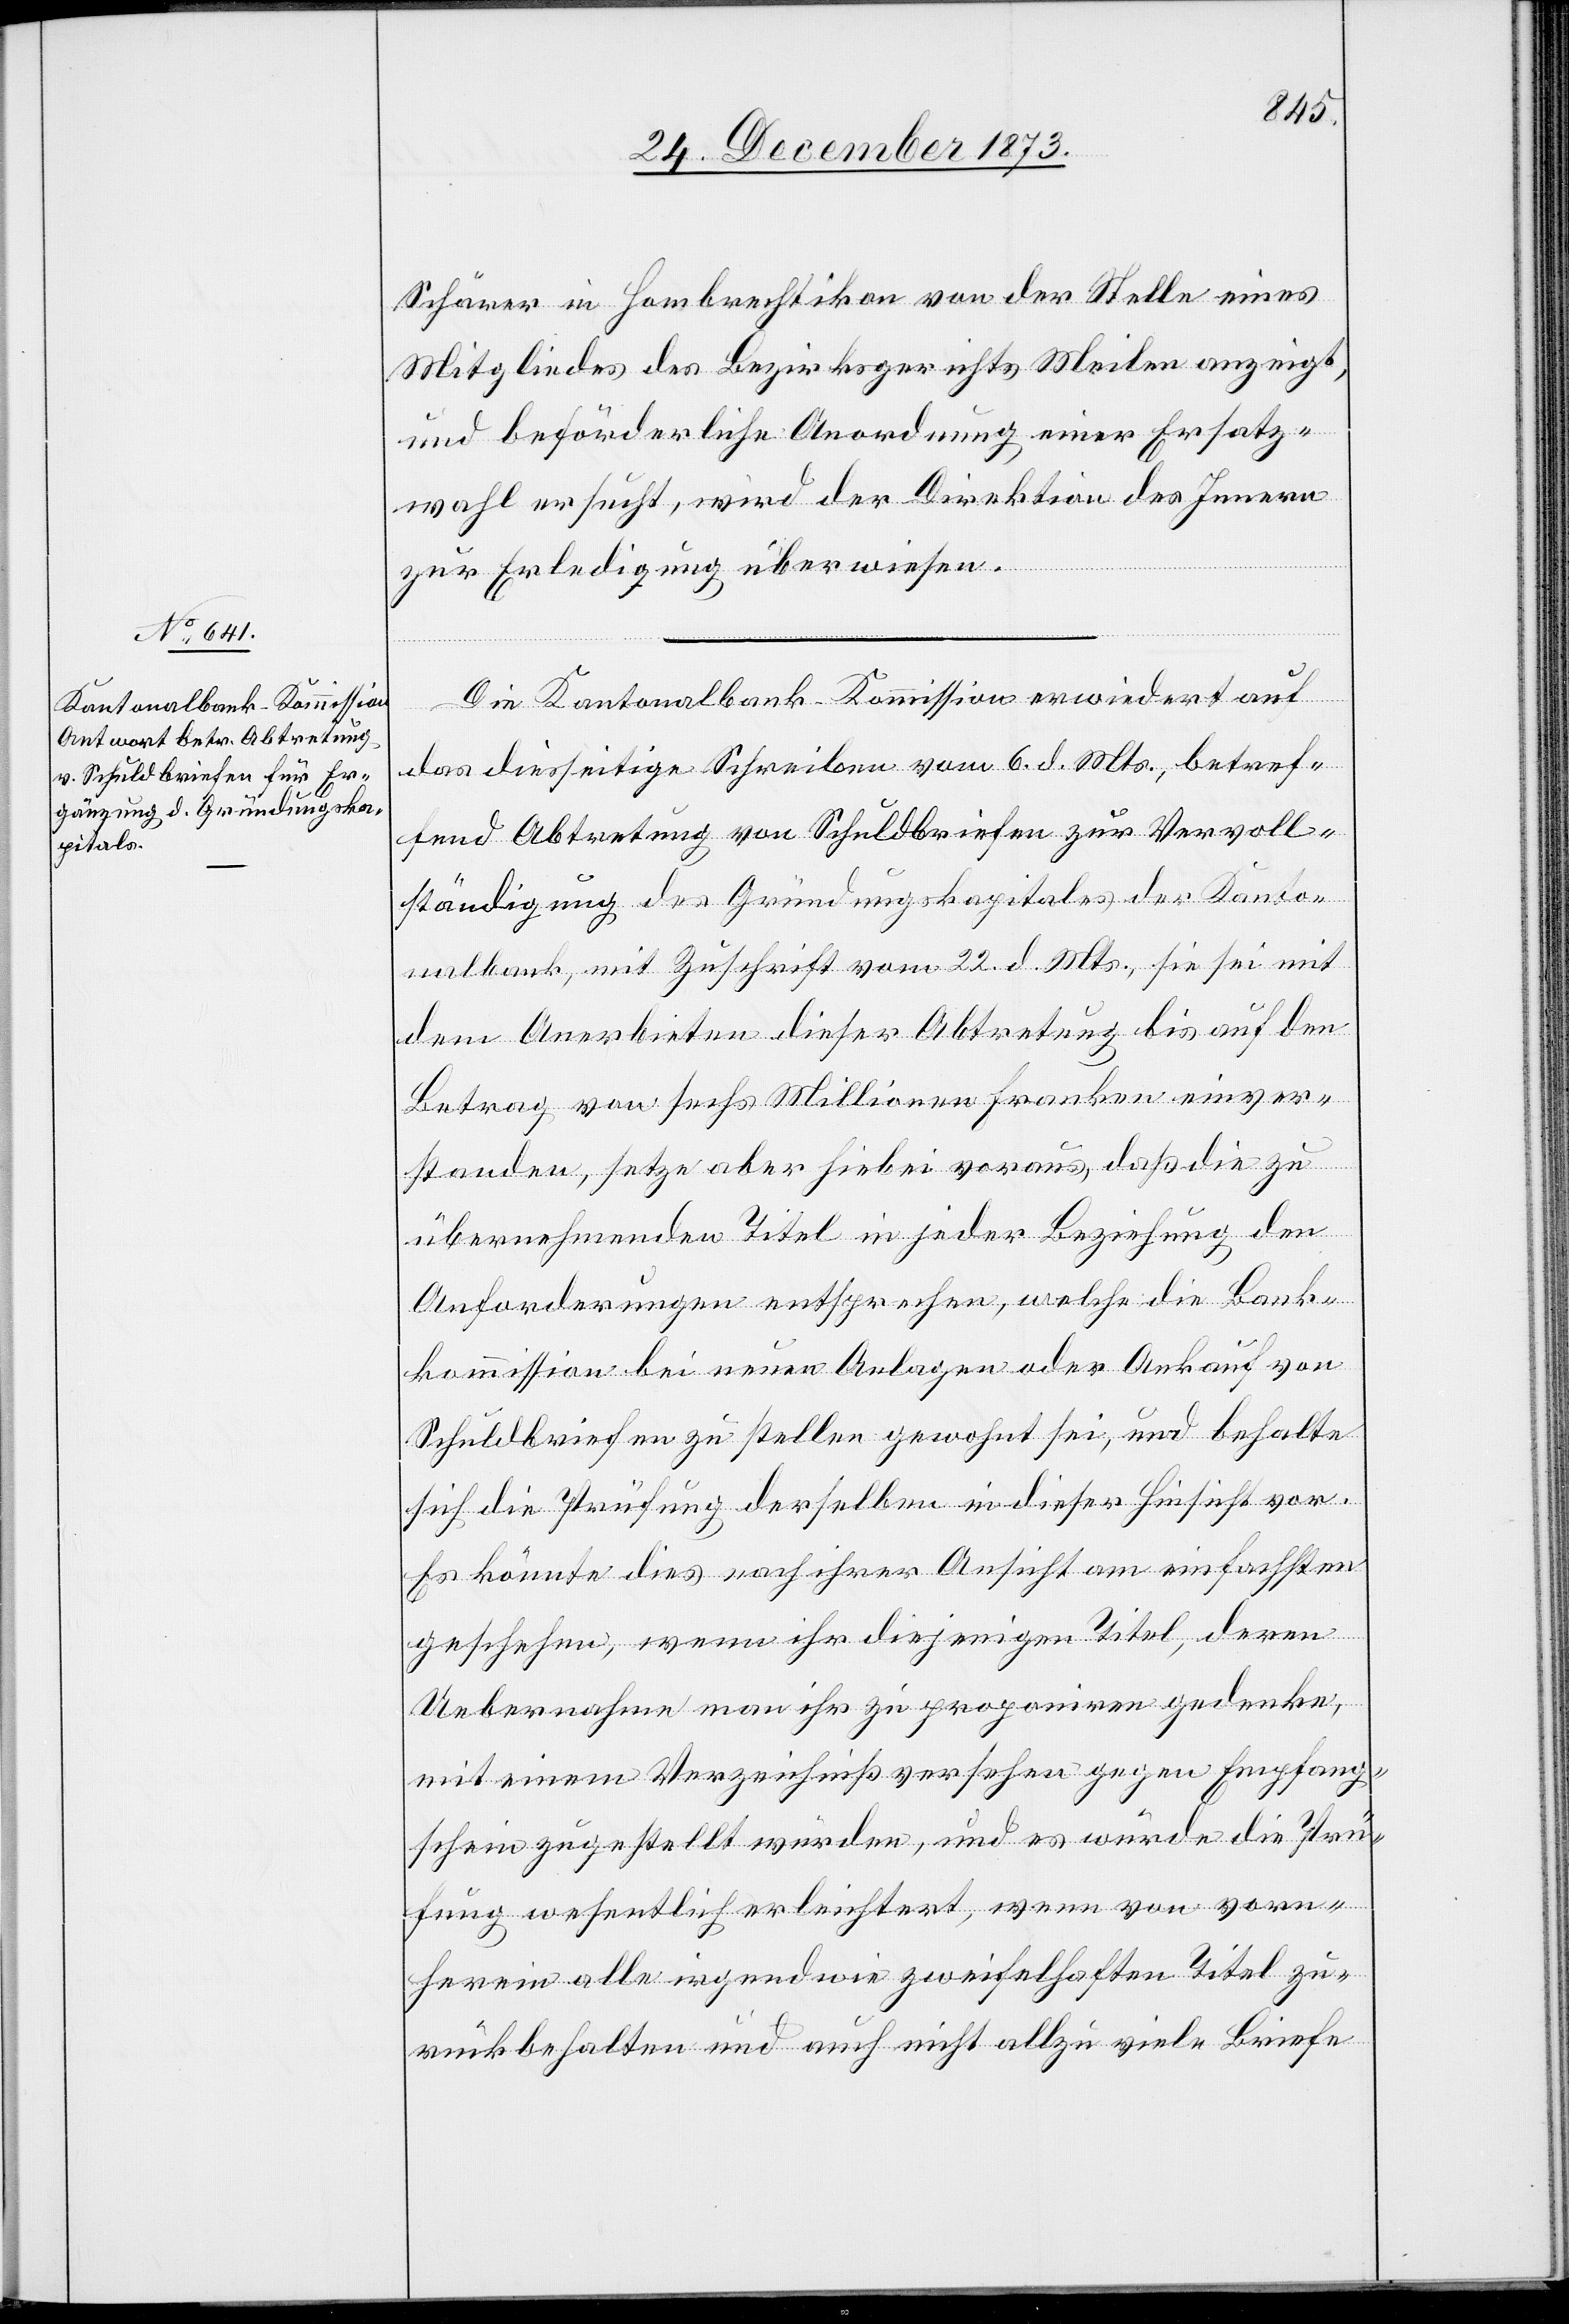
Schärer in Hombrechtikon von der Stelle eines
Mitgliedes des Bezirksgerichts Meilen anzeigt,
und beförderliche Anordnung einer Ersatz¬
wahl ersucht, wird der Direktion des Innern
zur Erledigung überwiesen.
Die Kantonalbank-Kommission erwiedert auf
das diesseitige Schreiben vom 6. d. Mts., betref¬
fend Abtretung von Schuldbriefen zur Vervoll¬
ständigung des Gründungskapitales der Kanto¬
nalbank, mit Zuschrift vom 22. d. Mts., sie sei mit
dem Anerbieten dieser Abtretung bis auf den
Betrag von sechs Millionen Franken einver¬
standen, setze aber hiebei voraus, daß die zu
übernehmenden Titel in jeder Beziehung den
Anforderungen entsprechen, welche die Bank¬
kommission bei neuen Anlagen oder Ankauf von
Schuldbriefen zu stellen gewohnt sei, und behalte
sich die Prüfung derselben in dieser Hinsicht vor.
Es könnte dies nach ihrer Ansicht am einfachsten
geschehen, wenn ihr diejenigen Titel, deren
Uebernahme man ihr zu proponiren gedenke,
mit einem Verzeichniß versehen gegen Empfang¬
schein zugestellt würden, und es würde die Prü¬
fung wesentlich erleichtert, wenn von vorn¬
herein alle irgendwie zweifelhaften Titel zu¬
rückbehalten und auch nicht allzu viele Briefe